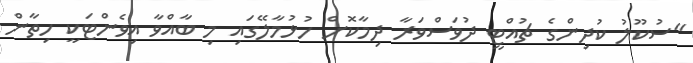
"ސުކޫލު ކުދިންގެ ޗުއްޓީ ދުވަސްވަރާ ދިމާކޮށް ހުޅުމާލޭގައި މި ބާއްވާ އިވެންޓަކީ ހިތާން